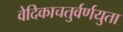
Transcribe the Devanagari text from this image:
वेदिकाचतुर्वर्णयुता